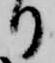
り